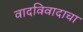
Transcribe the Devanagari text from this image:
वादविवादाचा